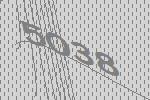
5038